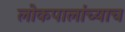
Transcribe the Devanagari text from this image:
लोकपालांच्याच